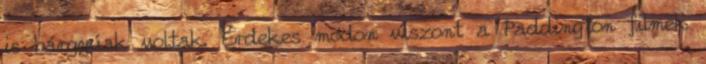
is bárgyúak voltak. Érdekes módon viszont a Paddington filmek